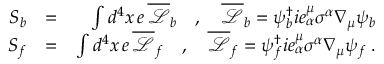
\begin{array} { r l r } { S _ { b } } & { = } & { \int d ^ { 4 } x \, e \, \overline { { \mathcal { L } } } _ { b } \quad , \quad \overline { { \mathcal { L } } } _ { b } = \psi _ { b } ^ { \dagger } i e _ { \alpha } ^ { \mu } \sigma ^ { \alpha } \nabla _ { \mu } \psi _ { b } } \\ { S _ { f } } & { = } & { \int d ^ { 4 } x \, e \, \overline { { \mathcal { L } } } _ { f } \quad , \quad \overline { { \mathcal { L } } } _ { f } = \psi _ { f } ^ { \dagger } i e _ { \alpha } ^ { \mu } \sigma ^ { \alpha } \nabla _ { \mu } \psi _ { f } \; . } \end{array}